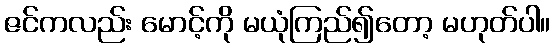
ဇင်ကလည်း မောင့်ကို မယုံကြည်၍တော့ မဟုတ်ပါ။